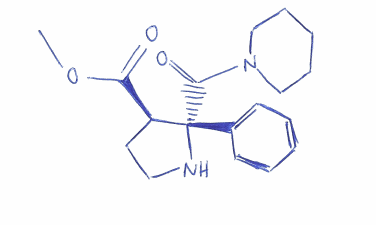
Simplified molecular-input line-entry system (SMILES) notation of the given molecule:
COC(=O)[C@@H]1CCN[C@@]1(C2=CC=CC=C2)C(=O)N3CCCCC3